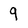
Character: 9